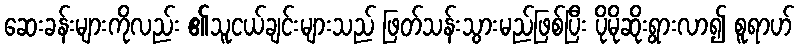
ဆေးခန်းများကိုလည်း ၏သူငယ်ချင်းများသည် ဖြတ်သန်းသွားမည်ဖြစ်ပြီး ပိုမိုဆိုးရွားလာ၍ စူရာဟ်